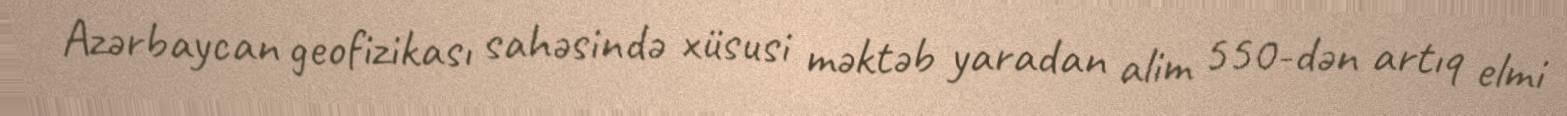
Azərbaycan geofizikası sahəsində xüsusi məktəb yaradan alim 550-dən artıq elmi